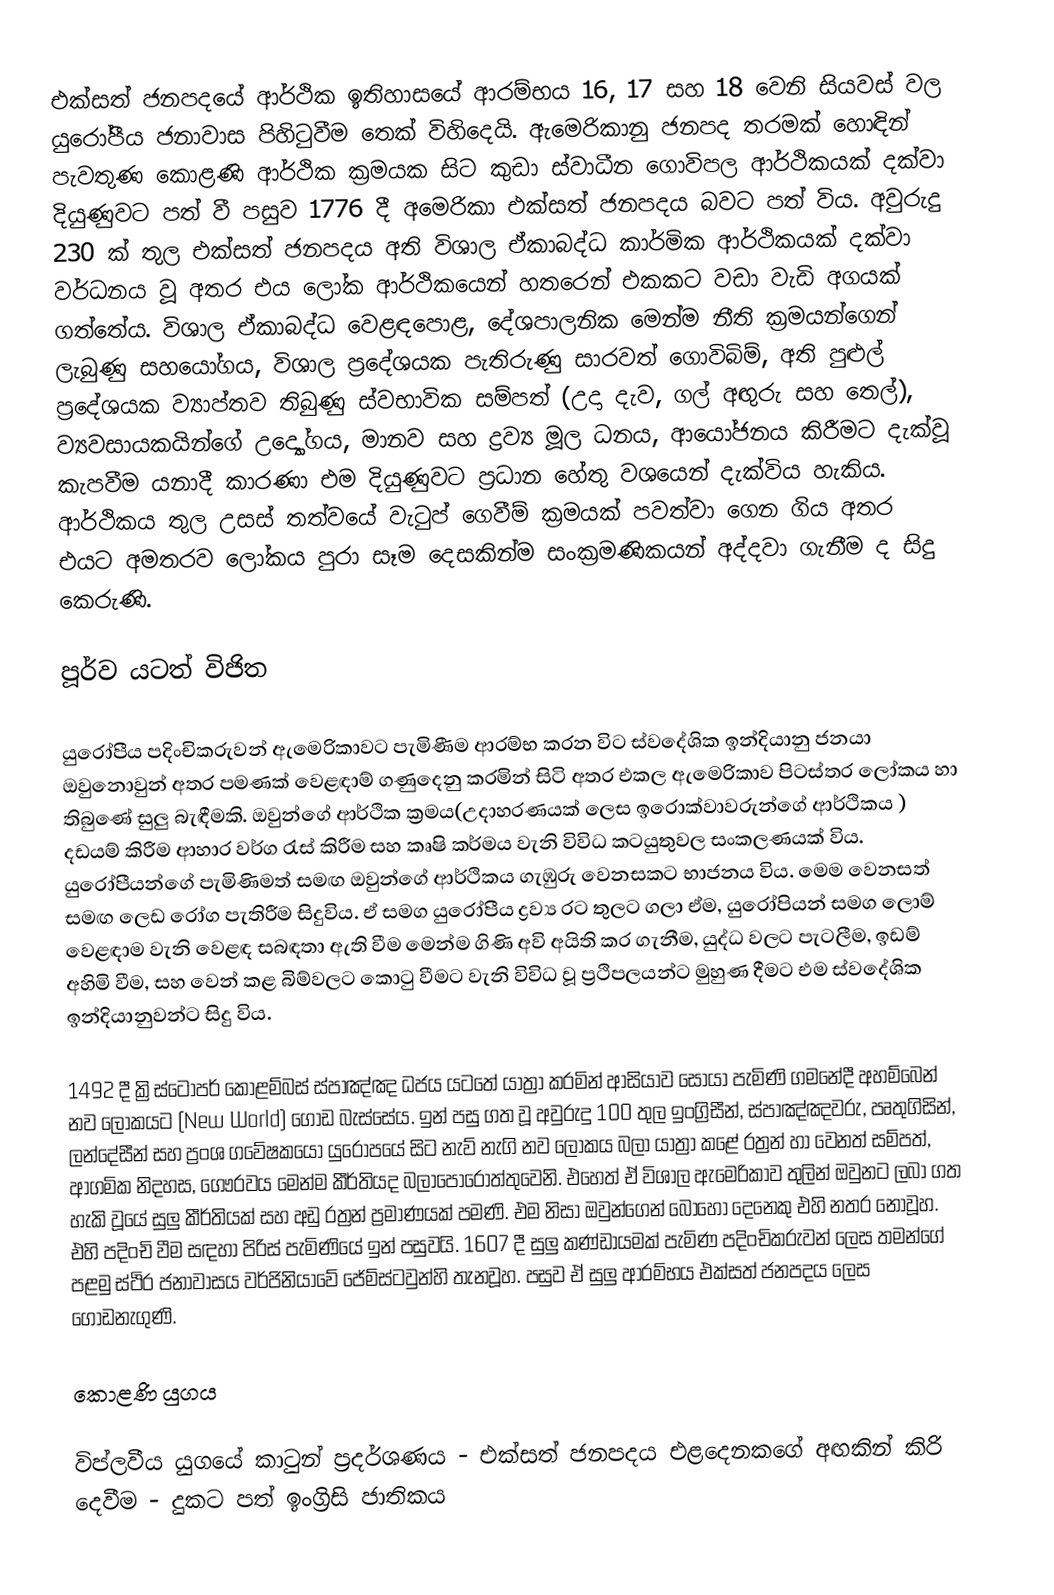
එක්සත් ජනපදයේ ආර්ථික ඉතිහාසයේ ආරම්භය 16, 17 සහ 18 වෙනි සියවස් වල යුරෝපීය ජනාවාස පිහිටුවීම තෙක් විහිදෙයි. ඇමෙරිකානු ජනපද තරමක් හොඳින් පැවතුණ කොළණි ආර්ථික ක්‍රමයක සිට කුඩා ස්වාධීන ගොවිපල ආර්ථිකයක් දක්වා දියුණුවට පත් වී  පසුව 1776 දී අමෙරිකා එක්සත් ජනපදය බවට පත් විය. අවුරුදු 230 ක් තුල එක්සත් ජනපදය අති විශාල ඒකාබද්ධ කාර්මික ආර්ථිකයක් දක්වා වර්ධනය වූ අතර එය ලෝක ආර්ථිකයෙන් හතරෙන් එකකට වඩා වැඩි අගයක් ගත්තේය. විශාල ඒකාබද්ධ වෙළඳපොළ, දේශපාලනික මෙන්ම නීති ක්‍රමයන්ගෙන් ලැබුණු සහයෝගය, විශාල ප්‍රදේශයක පැතිරුණු සාරවත් ගොවිබිම්, අති පුළුල් ප්‍රදේශයක ව්‍යාප්තව තිබුණු ස්වභාවික සම්පත් (උදා දැව, ගල් අඟුරු සහ තෙල්), ව්‍යවසායකයින්ගේ උද්‍යෝගය, මානව සහ ද්‍රව්‍ය මූල ධනය, ආයෝජනය කිරීමට දැක්වූ කැපවීම යනාදී කාරණා එම දියුණුවට ප්‍රධාන හේතු වශයෙන් දැක්විය හැකිය. ආර්ථිකය තුල උසස් තත්වයේ වැටුප් ගෙවීම් ක්‍රමයක් පවත්වා ගෙන ගිය අතර එයට අමතරව ලෝකය පුරා සෑම දෙසකින්ම සංක්‍රමණිකයන් අද්දවා ගැනීම ද සිදු කෙරුණි.

පූර්ව යටත් විජිත

යුරෝපීය පදිංචිකරුවන් ඇමෙරිකාවට පැමිණීම ආරම්භ කරන විට ස්වදේශික ඉන්දියානු ජනයා ඔවුනොවුන් අතර පමණක් වෙළඳාම් ගණුදෙනු කරමින් සිටි අතර එකල ඇමෙරිකාව පිටස්තර ලෝකය හා තිබුණේ සුලු බැඳීමකි. ඔවුන්ගේ ආර්ථික ක්‍රමය(උදාහරණයක් ලෙස ඉරොක්වාවරුන්ගේ ආර්ථිකය ) දඩයම් කිරීම ආහාර වර්ග රැස් කිරීම සහ කෘෂි කර්මය වැනි විවිධ කටයුතුවල සංකලණයක් විය. යුරෝපීයන්ගේ පැමිණිමත් සමඟ ඔවුන්ගේ ආර්ථිකය ගැඹුරු වෙනසකට භාජනය විය. මෙම වෙනසත් සමඟ ලෙඩ රෝග පැතිරීම සිදුවිය. ඒ සමග යුරෝපීය ද්‍රව්‍ය රට තුලට ගලා ඒම, යුරෝපියන් සමග ලොම් වෙළඳාම වැනි වෙළඳ සබඳතා ඇති වීම මෙන්ම ගිණි අවි අයිති කර ගැනීම, යුද්ධ වලට පැටලීම, ඉඩම් අහිමි වීම, සහ වෙන් කළ බිම්වලට කොටු වීමට වැනි විවිධ වූ ප්‍රථිපලයන්ට මුහුණ දීමට එම ස්වදේශික ඉන්දියානුවන්ට සිදු විය.

1492 දී ක්‍රිස්ටෝපර් කොළම්බස් ස්පාඤ්ඤ ධජය යටතේ යාත්‍රා කරමින් ආසියාව සොයා පැමිණි ගමනේදී අහම්බෙන් නව ලෝකයට (New World) ගොඩ බැස්සේය. ඉන් පසු ගත වූ අවුරුදු 100 තුල ඉංග්‍රිසීන්, ස්පාඤ්ඤවරු, පෘතුගිසින්, ලන්දේසීන් සහ ප්‍රංශ ගවේෂකයෝ යුරෝපයේ සිට නැව් නැගි නව ලෝකය බලා යාත්‍රා කළේ රත්‍රන් හා වෙනත් සම්පත්, ආගමික නිදහස, ගෞරවය මෙන්ම කීර්තියද බලාපොරොත්තුවෙනි. එහෙත් ඒ විශාල ඇමෙරිකාව තුලින් ඔවුනට ලබා ගත හැකි වූයේ සුලු කීර්තියක් සහ අඩු රත්‍රන් ප්‍රමාණයක් පමණි. එම නිසා ඔවුන්ගෙන් බොහෝ දෙනෙකු එහි නතර නොවූහ. එහි පදිංචි වීම සඳහා පිරිස් පැමිණියේ ඉන් පසුවයි. 1607 දී සුලු කණ්ඩායමක් පැමිණ පදිංචිකරුවන් ලෙස තමන්ගේ පළමු ස්ථිර ජනාවාසය වර්ජිනියාවේ ජේම්ස්ටවුන්හි තැනවූහ. පසුව ඒ සුලු ආරම්භය එක්සත් ජනපදය ලෙස ගොඩනැගුණි.

කොළණි යුගය

විප්ලවීය යුගයේ කාටුන් ප්‍රදර්ශණය - එක්සත් ජනපදය එළදෙනකගේ අඟකින් කිරි දෙවීම - දුකට පත් ඉංග්‍රිසි ජාතිකය